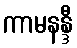
ကာမနန္ဒီ